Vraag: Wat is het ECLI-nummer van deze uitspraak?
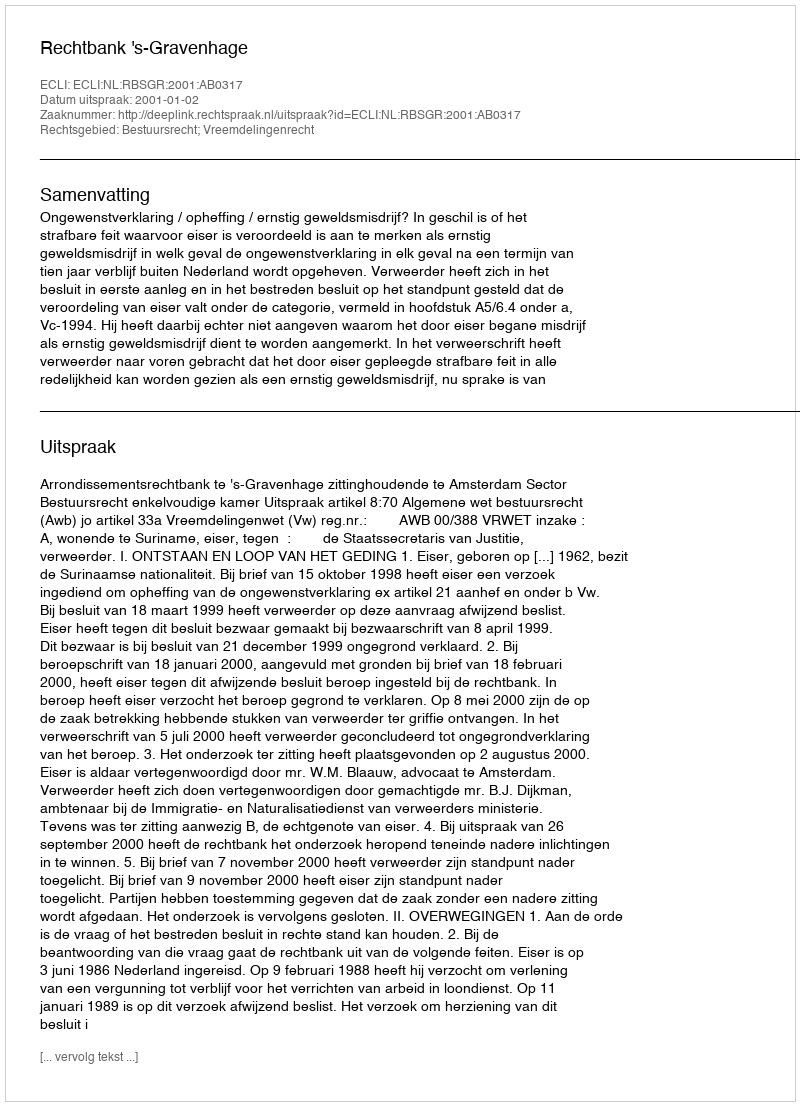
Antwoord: ECLI:NL:RBSGR:2001:AB0317